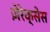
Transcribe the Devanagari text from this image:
ज़ेरेक्सेस